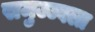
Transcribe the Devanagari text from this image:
समुज्ज्वला